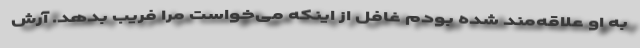
به او علاقه‌مند شده بودم غافل از اینکه می‌خواست مرا فریب بدهد. آرش